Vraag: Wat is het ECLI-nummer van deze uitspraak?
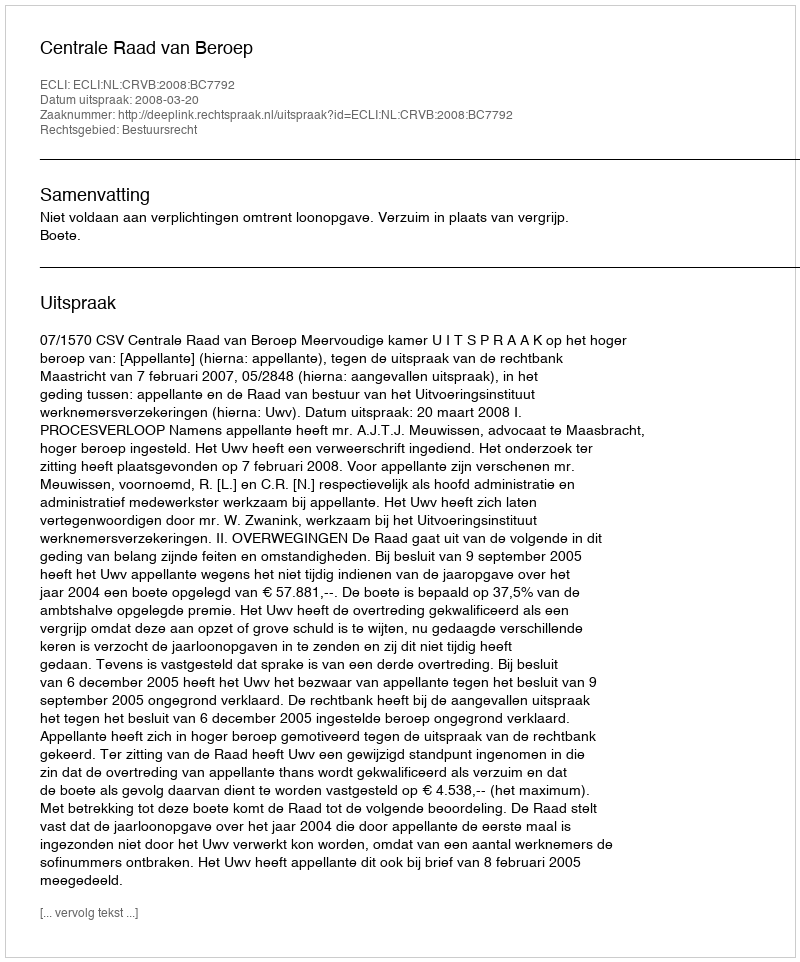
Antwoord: ECLI:NL:CRVB:2008:BC7792